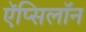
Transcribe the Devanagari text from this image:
ऍप्सिलॉन